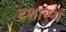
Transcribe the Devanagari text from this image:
दशास्यं